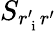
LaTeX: S_{r_{\mathrm{~i~}}^{\prime}r^{\prime}}